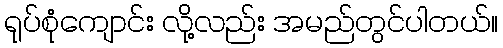
ရုပ်စုံကျောင်း လို့လည်း အမည်တွင်ပါတယ်။